Report on the bubonic plague in Bombay, 1896-1897
Year: 1896
Disease focus: Plague
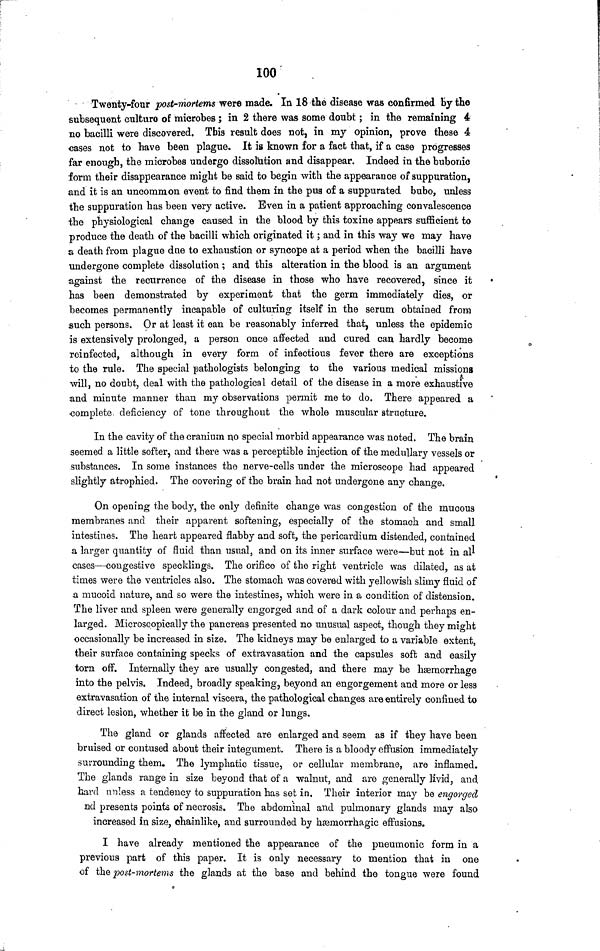
100
Twenty-four post-mortems were made. In 18 the disease was confirmed by the
subsequent culturo of microbes ; in 2 there was some doubt ; in the remaining 4
no bacilli were discovered. This result does not, in my opinion, prove these 4
cases not to have been plague. It is known for a fact that, if a case progresses
far enough, the microbes undergo dissolution and disappear. Indeed in the bubonic
form their disappearance might be said to begin with the appearance of suppuration,
and it is an uncommon event to find them in the pus of a suppurated bubo, unless
the suppuration has been very active. Even in a patient approaching convalescence
the physiological change caused in the blood by this toxine appears sufficient to
produce the death of the bacilli which originated it ; and in this way we may have
a death from plague due to exhaustion or syncope at a period when the bacilli have
undergone complete dissolution ; and this alteration in the blood is an argument
against the recurrence of the disease in those who have recovered, since it
has been demonstrated by experiment that the germ immediately dies, or
becomes permanently incapable of culturing itself in the serum obtained from
such persons. Or at least it can be reasonably inferred that, unless the epidemic
is extensively prolonged, a person once affected and cured can hardly become
reinfected, although in every form of infectious fever there are exceptions
to the rule. The special pathologists belonging to the various medical missions
will, no doubt, deal with the pathological detail of the disease in a more exhaustive
and minute manner than my observations permit me to do. There appeared a
complete deficiency of tone throughout the whole muscular structure.
In the cavity of the cranium no special morbid appearance was noted. The brain
seemed a little softer, and there was a perceptible injection of the medullary vessels or
substances. In some instances the nerve-cells under the microscope had appeared
slightly atrophied. The covering of the brain had not undergone any change.
On opening the body, the only definite change was congestion of the mucous
membranes and their apparent softening, especially of the stomach and small
intestines. The heart appeared flabby and soft, the pericardium distended, contained
a larger quantity of fluid than usual, and on its inner surface were—but not in all
cases—congestive specklings. The orifice of the right ventricle was dilated, as at
times were the ventricles also. The stomach was covered with yellowish slimy fluid of
a mucoid nature, and so were the intestines, which were in a condition of distension.
The liver and spleen were generally engorged and of a dark colour and perhaps en-
larged. Microscopically the pancreas presented no unusual aspect, though they might
occasionally be increased in size. The kidneys may be enlarged to a variable extent,
their surface containing specks of extravasation and the capsules soft and easily
torn off. Internally they are usually congested, and there may be hæmorrhage
into the pelvis. Indeed, broadly speaking, beyond an engorgement and more or less
extravasation of the internal viscera, the pathological changes are entirely confined to
direct lesion, whether it be in the gland or lungs.
The gland or glands affected are enlarged and seem as if they have been
bruised or contused about their iutegument. There is a bloody effusion immediately
surrounding them. The lymphatic tissue, or cellular membrane, are inflamed.
The glands range in size beyond that of a walnut, and are generally livid, and
hard unless a tendency to suppuration has set in. Their interior may be engorged
nd presents points of necrosis. The abdominal and pulmonary glands may also
increased in size, chainlike, and surrounded by hæmorrhagic effusions.
I have already mentioned the appearance of the pneumonic form in a
previous part of this paper. It is only necessary to mention that in one
of the post-mortems the glands at the base and behind the tongue were found